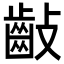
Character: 𪗡